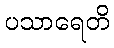
ပသာရေတိ